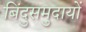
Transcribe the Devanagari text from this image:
बिंदुसमुदायों